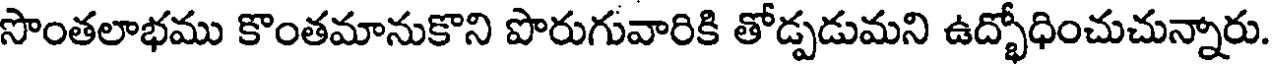
సొంతలాభము కొంతమానుకొని పొరుగువారికి తోడ్పడుమని ఉద్భోధించుచున్నారు.